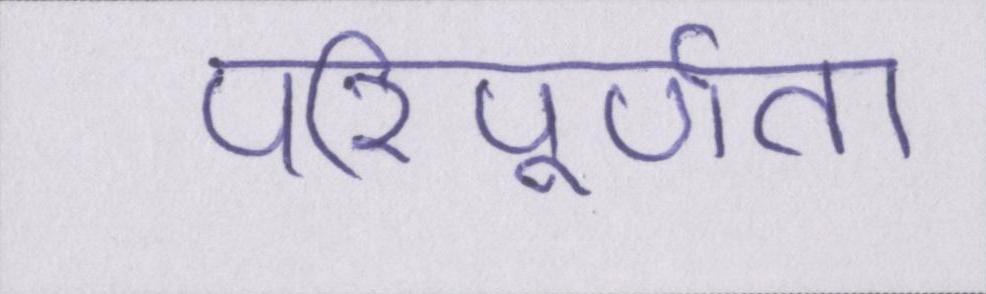
परिपूर्णता